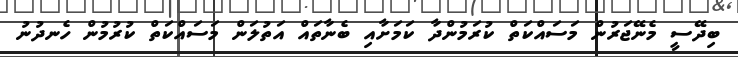
ބިދޭސީ މެނޭޖަރުން މަސައްކަތް ކުރަމުންދާ ކަމަށާއި ބެނާތައް އަތުލަން މަސައްކަތް ކުރުމުން ހެނދުނު